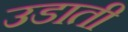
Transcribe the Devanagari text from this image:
उडाती